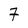
Character: 7